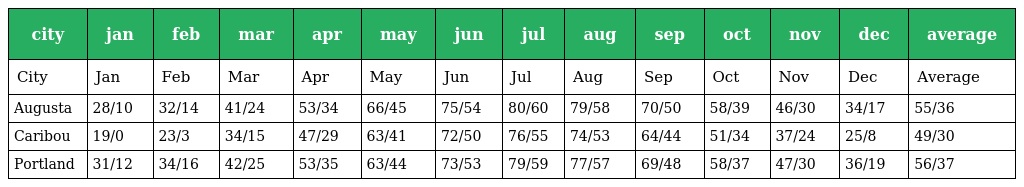
| city | jan | feb | mar | apr | may | jun | jul | aug | sep | oct | nov | dec | average |
 | --- | --- | --- | --- | --- | --- | --- | --- | --- | --- | --- | --- | --- | --- |
 | City | Jan | Feb | Mar | Apr | May | Jun | Jul | Aug | Sep | Oct | Nov | Dec | Average |
 | Augusta | 28/10 | 32/14 | 41/24 | 53/34 | 66/45 | 75/54 | 80/60 | 79/58 | 70/50 | 58/39 | 46/30 | 34/17 | 55/36 |
 | Caribou | 19/0 | 23/3 | 34/15 | 47/29 | 63/41 | 72/50 | 76/55 | 74/53 | 64/44 | 51/34 | 37/24 | 25/8 | 49/30 |
 | Portland | 31/12 | 34/16 | 42/25 | 53/35 | 63/44 | 73/53 | 79/59 | 77/57 | 69/48 | 58/37 | 47/30 | 36/19 | 56/37 |